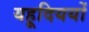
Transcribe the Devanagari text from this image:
यहूदिययों